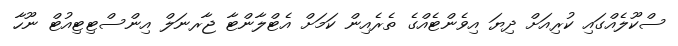
ސްކޫލެއްގައި ކުރިއަށް ދިޔަ އިވެންޓެއްގެ ތެރެއިން ކަމަށް އެޓްލާންޓާ ޖާރނަލް އިންސްޓިޓިއުޓް ނޫހާ